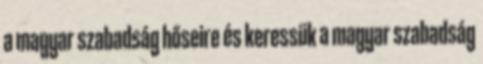
a magyar szabadság hőseire és keressük a magyar szabadság